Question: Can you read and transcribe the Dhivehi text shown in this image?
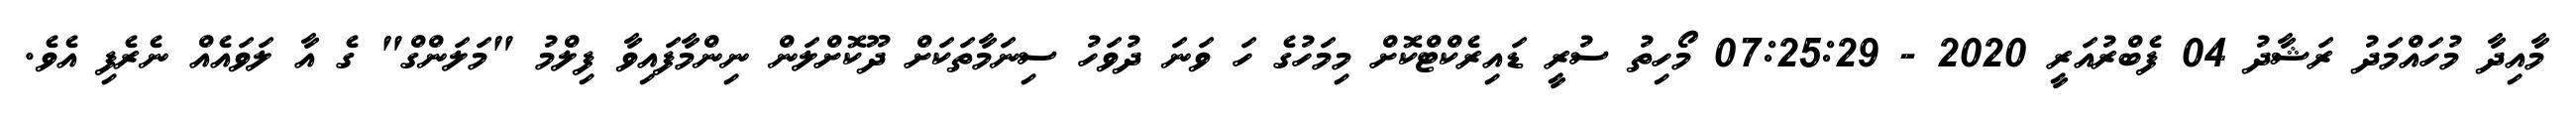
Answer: މާއިދާ މުހައްމަދު ރަޝާދު 04 ފެބްރުއަރީ 2020 - 07:25:29 މޯހިތު ސުރީ ޑައިރެކްޓްކޮށް މިމަހުގެ ހަ ވަނަ ދުވަހު ސިނަމާތަކަށް ދޫކޮށްލަން ނިންމާފައިވާ ފިލްމު "މަލަންގް" ގެ އާ ލަވައެއް ނެރެފި އެވެ.